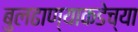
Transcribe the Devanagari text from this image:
बुलढाण्याकडेच्या